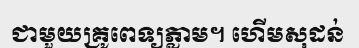
ជាមួយគ្រូពេទ្យភ្លាម។ ហើមសុដន់